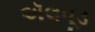
ઍલવૂડ